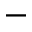
-